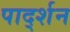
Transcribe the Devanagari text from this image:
पार्द्शन